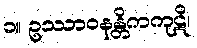
၁။ ဥဿာဝနန္တိကကုဋိ၊